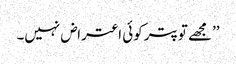
’’مجھے تو پتر کوئی اعتراض نہیں۔